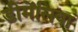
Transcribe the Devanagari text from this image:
डीमेंसिया